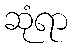
ဆုံရာ